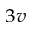
_ { 3 v }